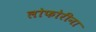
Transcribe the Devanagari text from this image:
लोफोरीना